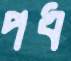
পধ